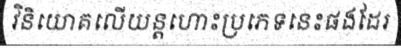
វិនិយោគលើយន្តហោះប្រភេទនេះផងដែរ